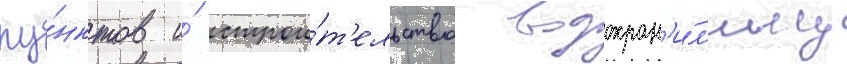
пу́нктов и́ строи́т'ельство водохран'и́л'ищ